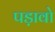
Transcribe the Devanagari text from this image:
पड़ावो